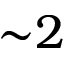
{ \sim } 2